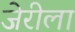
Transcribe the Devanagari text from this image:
जेरीला